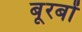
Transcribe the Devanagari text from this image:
बूरबों